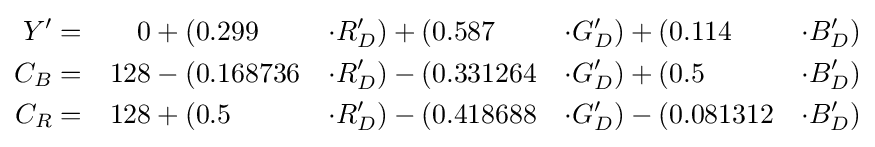
{\begin{aligned}Y'&=&0&+(0.299&\cdot R'_{D})&+(0.587&\cdot G'_{D})&+(0.114&\cdot B'_{D})\\C_{B}&=&128&-(0.168736&\cdot R'_{D})&-(0.331264&\cdot G'_{D})&+(0.5&\cdot B'_{D})\\C_{R}&=&128&+(0.5&\cdot R'_{D})&-(0.418688&\cdot G'_{D})&-(0.081312&\cdot B'_{D})\end{aligned}}